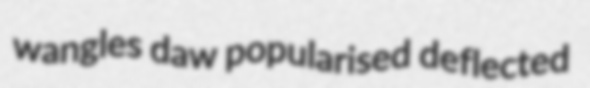
wangles daw popularised deflected